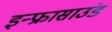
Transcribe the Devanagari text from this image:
इन्फ्रासाउंड